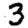
Digit: 3